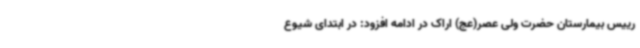
رییس بیمارستان حضرت ولی عصر(عج) اراک در ادامه افزود: در ابتدای شیوع